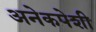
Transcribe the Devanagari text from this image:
अनेकपेशी